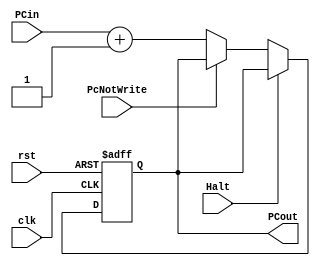
module PC(input clk, rst, input  [11:0] PCin, input Halt, PcNotWrite, output reg [11:0]PCout);
	always @(posedge clk, posedge rst) begin
		if (rst == 1)
			PCout <= 1'b0;
		else
		  if(Halt)
		    PCout <= PCout;
		  else if(PcNotWrite)
		    PCout <= PCout;
		  else
			  PCout <= PCin + 1;
	end
endmodule